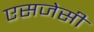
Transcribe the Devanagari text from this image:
एसजेसी